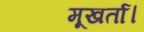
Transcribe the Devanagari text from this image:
मूखर्ता।